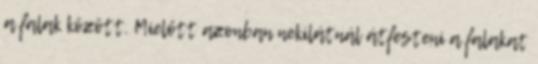
a falak között. Mielőtt azonban nekilátnál átfesteni a falakat